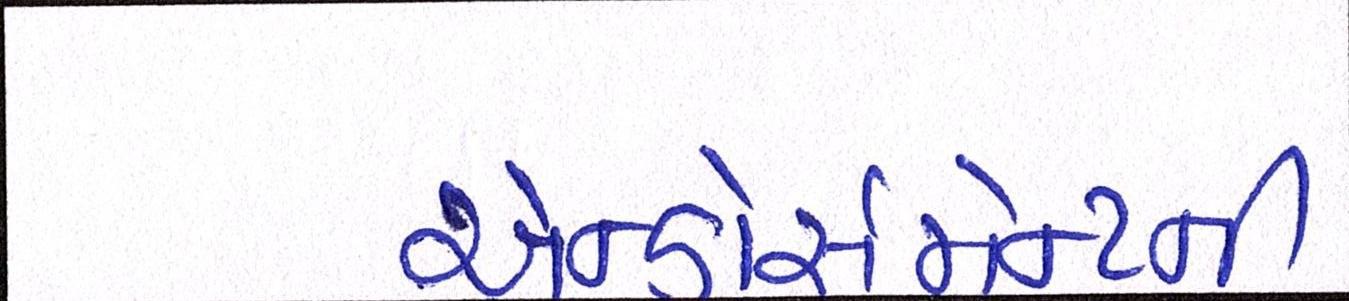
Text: એન્ડોર્સમેન્ટની